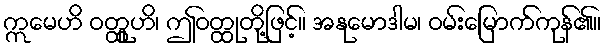
ဣမေဟိ ဝတ္ထူဟိ၊ ဤဝတ္ထုတို့ဖြင့်။ အနုမောဒါမ၊ ဝမ်းမြောက်ကုန်၏။